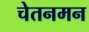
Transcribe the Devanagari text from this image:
चेतनमन